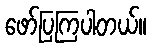
ဖော်ပြကြပါတယ်။